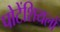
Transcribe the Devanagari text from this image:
पोटेंशियलों